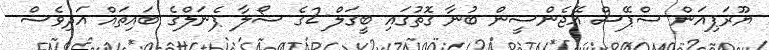
ޔޫރަޕިއަން ސްޕޭސް އޭޖެންސީން ބުނާ ގޮތުގައި ބީގަލް-2ގެ ސޯލާ ޕެނަލްގެ ބައިތައް އަދިވެސް